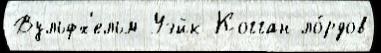
Вульфх'ельм Уэйк Когган ло́рдов